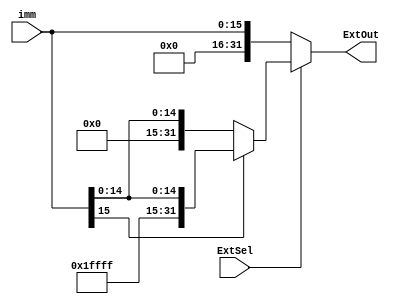
module Extend(
    input ExtSel,
    input [15:0] imm,
    output [31:0] ExtOut
    );
    reg [31:0] ExtOut;
	always@(*) begin
		if (ExtSel==0) ExtOut={16'h0000,imm};
		else ExtOut=(imm[15]==0)?{16'h0000,imm}:{16'hffff,imm};
	end
endmodule